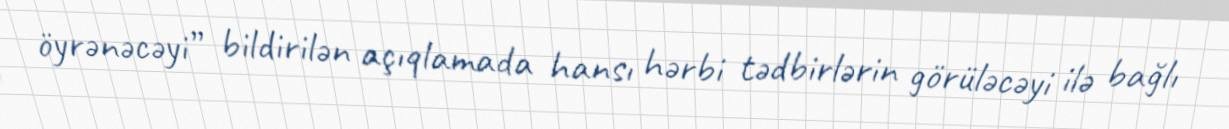
öyrənəcəyi” bildirilən açıqlamada hansı hərbi tədbirlərin görüləcəyi ilə bağlı